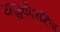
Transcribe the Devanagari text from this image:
यजुर्वेदसंहिता